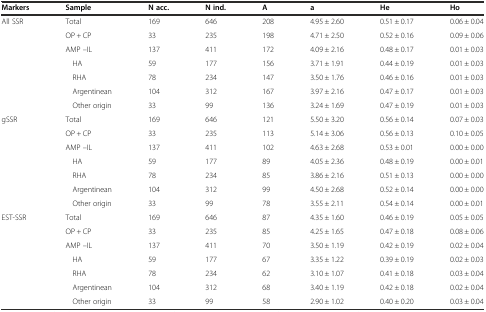
<table><thead><tr><td><b>Markers</b></td><td><b>Sample</b></td><td><b>N acc.</b></td><td><b>N ind.</b></td><td><b>A</b></td><td><b>a</b></td><td><b>He</b></td><td><b>Ho</b></td></tr></thead><tbody><tr><td>All SSR</td><td>Total</td><td>169</td><td>646</td><td>208</td><td>4.95 ± 2.60</td><td>0.51 ± 0.17</td><td>0.06 ± 0.04</td></tr><tr><td></td><td>OP + CP</td><td>33</td><td>235</td><td>198</td><td>4.71 ± 2.50</td><td>0.52 ± 0.16</td><td>0.09 ± 0.06</td></tr><tr><td></td><td>AMP –IL</td><td>137</td><td>411</td><td>172</td><td>4.09 ± 2.16</td><td>0.48 ± 0.17</td><td>0.01 ± 0.03</td></tr><tr><td></td><td>HA</td><td>59</td><td>177</td><td>156</td><td>3.71 ± 1.91</td><td>0.44 ± 0.19</td><td>0.01 ± 0.03</td></tr><tr><td></td><td>RHA</td><td>78</td><td>234</td><td>147</td><td>3.50 ± 1.76</td><td>0.46 ± 0.16</td><td>0.01 ± 0.03</td></tr><tr><td></td><td>Argentinean</td><td>104</td><td>312</td><td>167</td><td>3.97 ± 2.16</td><td>0.47 ± 0.17</td><td>0.01 ± 0.03</td></tr><tr><td></td><td>Other origin</td><td>33</td><td>99</td><td>136</td><td>3.24 ± 1.69</td><td>0.47 ± 0.19</td><td>0.01 ± 0.03</td></tr><tr><td>gSSR</td><td>Total</td><td>169</td><td>646</td><td>121</td><td>5.50 ± 3.20</td><td>0.56 ± 0.14</td><td>0.07 ± 0.03</td></tr><tr><td></td><td>OP + CP</td><td>33</td><td>235</td><td>113</td><td>5.14 ± 3.06</td><td>0.56 ± 0.13</td><td>0.10 ± 0.05</td></tr><tr><td></td><td>AMP –IL</td><td>137</td><td>411</td><td>102</td><td>4.63 ± 2.68</td><td>0.53 ± 0.01</td><td>0.00 ± 0.00</td></tr><tr><td></td><td>HA</td><td>59</td><td>177</td><td>89</td><td>4.05 ± 2.36</td><td>0.48 ± 0.19</td><td>0.00 ± 0.01</td></tr><tr><td></td><td>RHA</td><td>78</td><td>234</td><td>85</td><td>3.86 ± 2.16</td><td>0.51 ± 0.13</td><td>0.00 ± 0.00</td></tr><tr><td></td><td>Argentinean</td><td>104</td><td>312</td><td>99</td><td>4.50 ± 2.68</td><td>0.52 ± 0.14</td><td>0.00 ± 0.00</td></tr><tr><td></td><td>Other origin</td><td>33</td><td>99</td><td>78</td><td>3.55 ± 2.11</td><td>0.54 ± 0.14</td><td>0.00 ± 0.01</td></tr><tr><td>EST-SSR</td><td>Total</td><td>169</td><td>646</td><td>87</td><td>4.35 ± 1.60</td><td>0.46 ± 0.19</td><td>0.05 ± 0.05</td></tr><tr><td></td><td>OP + CP</td><td>33</td><td>235</td><td>85</td><td>4.25 ± 1.65</td><td>0.47 ± 0.18</td><td>0.08 ± 0.06</td></tr><tr><td></td><td>AMP –IL</td><td>137</td><td>411</td><td>70</td><td>3.50 ± 1.19</td><td>0.42 ± 0.19</td><td>0.02 ± 0.04</td></tr><tr><td></td><td>HA</td><td>59</td><td>177</td><td>67</td><td>3.35 ± 1.22</td><td>0.39 ± 0.19</td><td>0.02 ± 0.03</td></tr><tr><td></td><td>RHA</td><td>78</td><td>234</td><td>62</td><td>3.10 ± 1.07</td><td>0.41 ± 0.18</td><td>0.03 ± 0.04</td></tr><tr><td></td><td>Argentinean</td><td>104</td><td>312</td><td>68</td><td>3.40 ± 1.19</td><td>0.42 ± 0.18</td><td>0.02 ± 0.04</td></tr><tr><td></td><td>Other origin</td><td>33</td><td>99</td><td>58</td><td>2.90 ± 1.02</td><td>0.40 ± 0.20</td><td>0.03 ± 0.04</td></tr></tbody></table>